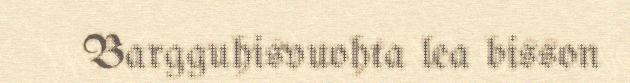
Bargguhisvuohta lea bisson